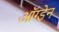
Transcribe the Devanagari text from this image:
ऑग्डेन